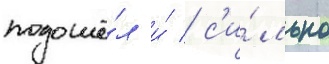
подошё́л и́ / с'и́льно